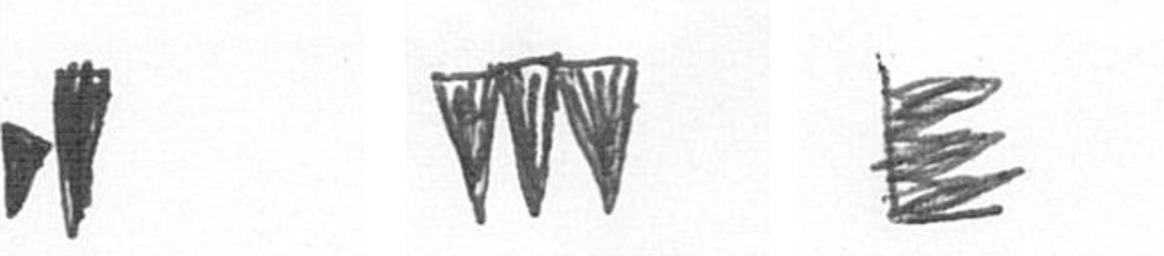
M L H